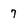
Character: 7